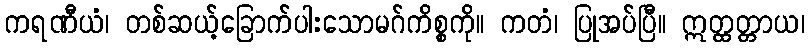
ကရဏီယံ၊ တစ်ဆယ့်ခြောက်ပါးသောမဂ်ကိစ္စကို။ ကတံ၊ ပြုအပ်ပြီ။ ဣတ္ထတ္တာယ၊